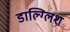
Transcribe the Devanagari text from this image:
डाल्ग्लिश